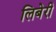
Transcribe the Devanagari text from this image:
लिबेरी